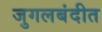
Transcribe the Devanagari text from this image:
जुगलबंदीत